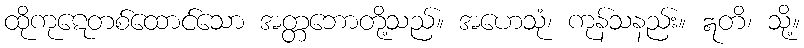
ထိုကုဋေတစ်ထောင်သော အတ္တဘောတို့သည်။ အဟေသုံ၊ ကုန်သနည်း။ ဣတိ၊ သို့။